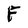
Character: F